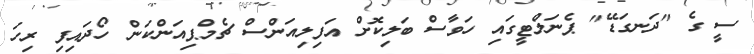
ސީ ގެ "ދަނގަޑޭ" ޕެނަލްޓީގައި ހަވާސް ބަލިކޮށް އަފިލިއަންސް ޗެމްޕިއަންކަން ހޯދައިފި ރިހަ